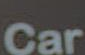
Car